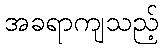
အခရာကျသည့်